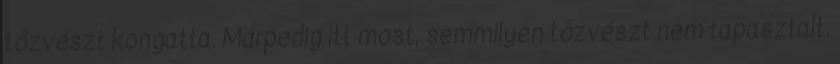
tőzvészt kongatta. Márpedig itt most, semmilyen tőzvészt nem tapasztalt.